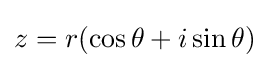
z=r(\cos \theta +i\sin \theta )